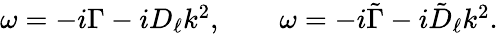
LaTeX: \begin{array}{r}{\omega=-i\Gamma-iD_{\ell}k^{2},\qquad\omega=-i\tilde{\Gamma}-i\tilde{D}_{\ell}k^{2}.}\end{array}